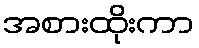
အစားထိုးကာ